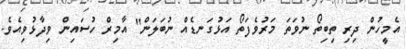
އެމީހުން ދިރި ތިބިތޯ ނުވަތަ މަރުވެފަތޯ އަޅުގަނޑެއް ނުބަލަން" އާމިރް ހުސައިން ވިދާޅުވިއެވެ.